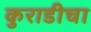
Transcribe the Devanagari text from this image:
कुराडीचा